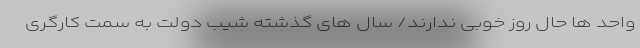
واحد ها حال روز خوبی ندارند/ سال های گذشته شیب دولت به سمت کارگری